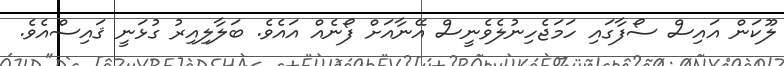
ލޫކަން އައިސް ސޯފާގައި ހަމަޖެހިނުލެވެނީސް އޭނާއަށް ފޯނެއް އައެވެ. ބަލާލިއިރު ގުޅަނީ ޤައިސްއެވެ.